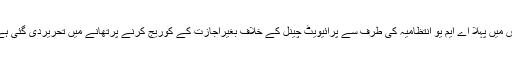
اس میں پہلا اے ایم یو انتظامیہ کی طرف سے پرائیویٹ چینل کے خلاف بغیراجازت کے کوریج کرنے پرتھانے میں تحریردی گئی ہے۔